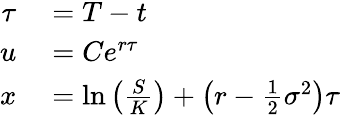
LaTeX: \begin{array}{rl}{\tau}&{{}=T-t}\\ {u}&{{}=Ce^{r\tau}}\\ {x}&{{}=\ln\left({\frac{S}{K}}\right)+\left(r-{\frac{1}{2}}\sigma^{2}\right)\tau}\end{array}